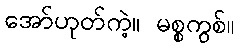
အော်ဟုတ်ကဲ့။ မစ္စကွစ်။